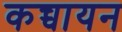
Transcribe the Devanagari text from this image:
कच्चायन